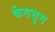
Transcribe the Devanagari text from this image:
केतसुम